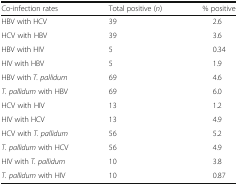
<table><thead><tr><td><b>Co-infection rates</b></td><td><b>Total positive (<i>n</i>)</b></td><td><b>% positive</b></td></tr></thead><tbody><tr><td>HBV with HCV</td><td>39</td><td>2.6</td></tr><tr><td>HCV with HBV</td><td>39</td><td>3.6</td></tr><tr><td>HBV with HIV</td><td>5</td><td>0.34</td></tr><tr><td>HIV with HBV</td><td>5</td><td>1.9</td></tr><tr><td>HBV with <i>T. pallidum</i></td><td>69</td><td>4.6</td></tr><tr><td><i>T. pallidum</i> with HBV</td><td>69</td><td>6.0</td></tr><tr><td>HCV with HIV</td><td>13</td><td>1.2</td></tr><tr><td>HIV with HCV</td><td>13</td><td>4.9</td></tr><tr><td>HCV with <i>T. pallidum</i></td><td>56</td><td>5.2</td></tr><tr><td><i>T. pallidum</i> with HCV</td><td>56</td><td>4.9</td></tr><tr><td>HIV with <i>T. pallidum</i></td><td>10</td><td>3.8</td></tr><tr><td><i>T. pallidum</i> with HIV</td><td>10</td><td>0.87</td></tr></tbody></table>